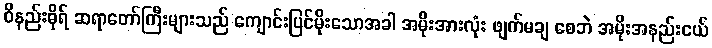
ဝိနည်းဓိုရ် ဆရာတော်ကြီးများသည် ကျောင်းပြင်မိုးသောအခါ အမိုးအားလုံး ဖျက်မချ စေဘဲ အမိုးအနည်းငယ်